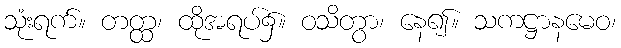
သုံးရက်။ တတ္ထ၊ ထိုအရပ်၌။ ဝသိတွာ၊ နေ၍။ သကဋ္ဌာနမေဝ၊